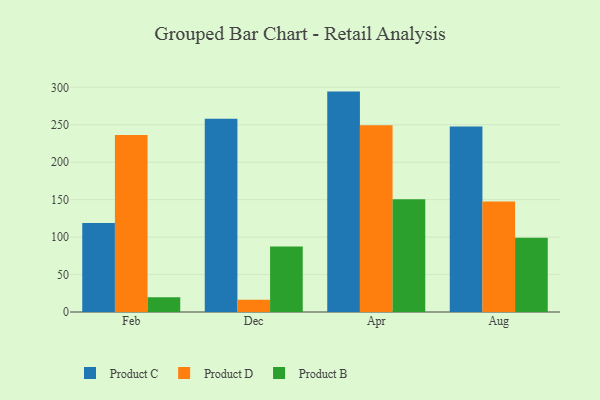
{"axis": {"x": "Month", "y": "LTV (USD)"}, "legend": ["Product B", "Product C", "Product D"], "data": [{"x": "Feb", "y": 119.0, "type": "Product C"}, {"x": "Feb", "y": 236.3, "type": "Product D"}, {"x": "Feb", "y": 19.6, "type": "Product B"}, {"x": "Dec", "y": 258.0, "type": "Product C"}, {"x": "Dec", "y": 16.3, "type": "Product D"}, {"x": "Dec", "y": 87.5, "type": "Product B"}, {"x": "Apr", "y": 294.3, "type": "Product C"}, {"x": "Apr", "y": 249.4, "type": "Product D"}, {"x": "Apr", "y": 150.7, "type": "Product B"}, {"x": "Aug", "y": 247.8, "type": "Product C"}, {"x": "Aug", "y": 147.4, "type": "Product D"}, {"x": "Aug", "y": 99.1, "type": "Product B"}]}